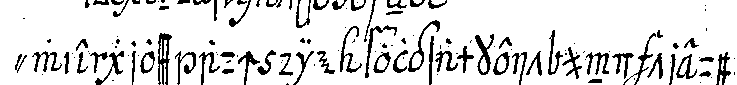
" wie gross auch die folgsamkeit und treue